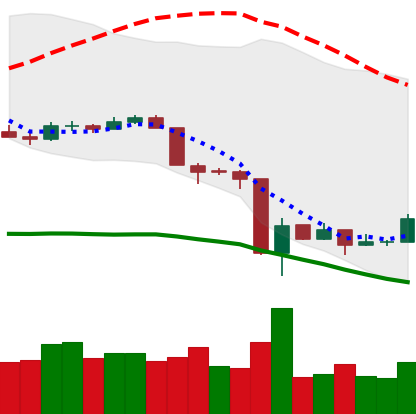
Ticker: LTC-USD
Chart end date: 2020-03-19
Forward return: 3.626%
Label: up_3_5